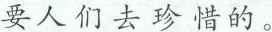
要人们去珍惜的。